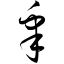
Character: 皋